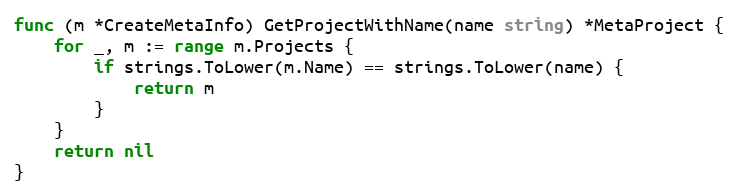
Language: Go
func (m *CreateMetaInfo) GetProjectWithName(name string) *MetaProject {
	for _, m := range m.Projects {
		if strings.ToLower(m.Name) == strings.ToLower(name) {
			return m
		}
	}
	return nil
}